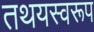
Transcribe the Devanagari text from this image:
तथयस्वरूप